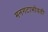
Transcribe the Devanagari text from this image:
मनगटाभोवती